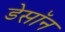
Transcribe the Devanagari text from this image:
डेसॉन